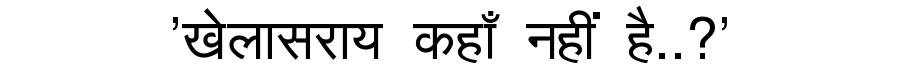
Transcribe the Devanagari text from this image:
'खेलासराय कहाँ नहीं है..?'